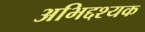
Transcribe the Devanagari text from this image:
अभिद्दश्यक